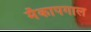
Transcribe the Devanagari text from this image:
मॅकापगाल